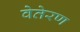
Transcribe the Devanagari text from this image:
वेतेरण